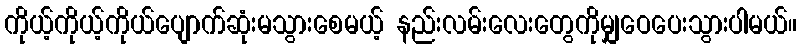
ကိုယ့်ကိုယ့်ကိုယ်ပျောက်ဆုံးမသွားစေမယ့် နည်းလမ်းလေးတွေကိုမျှဝေပေးသွားပါမယ်။